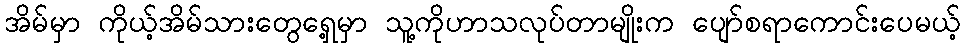
အိမ်မှာ ကိုယ့်အိမ်သားတွေရှေ့မှာ သူ့ကိုဟာသလုပ်တာမျိုးက ပျော်စရာကောင်းပေမယ့်